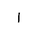
Letter: _alif